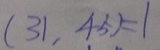
( 3 1 , 4 5 ) = 1